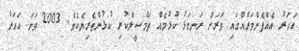
އަހަރު އެއްފެންވަރެއްގައި ވަރަށް ރަނގަޅު ކުޅުމެއް ތަމްސީލްކުރި ކުޅުންތެރިޔެކެވެ. 2003 ވަނަ އަހަރު